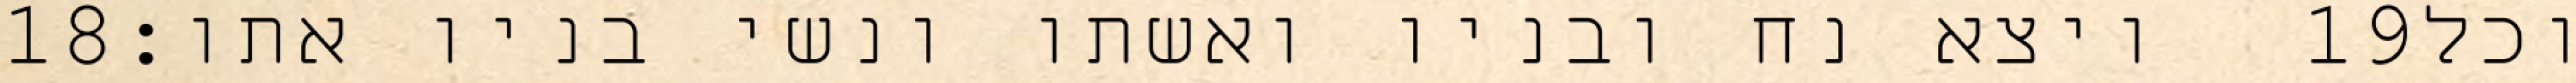
‎18‏ ויצא נח ובניו ואשתו ונשי בניו אתו׃ ‎19‏ וכל